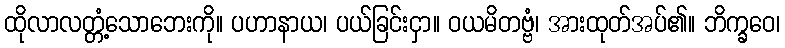
ထိုလာလတ္တံ့သောဘေးကို။ ပဟာနာယ၊ ပယ်ခြင်းငှာ။ ဝယမိတဗ္ဗံ၊ အားထုတ်အပ်၏။ ဘိက္ခဝေ၊